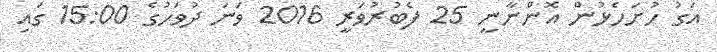
އަގު ހުށަހެޅުން އޮންނާނީ 25 ފެބުރުވަރީ 2016 ވަނަ ދުވަހުގެ 15:00 ގައި